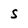
Character: S